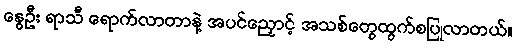
နွေဦး ရာသီ ရောက်လာတာနဲ့ အပင်ညှောင့် အသစ်တွေထွက်စပြုလာတယ်။